King Institute of Preventive Medicine Bacteriolog. Section reports 1907-08
Year: 1907
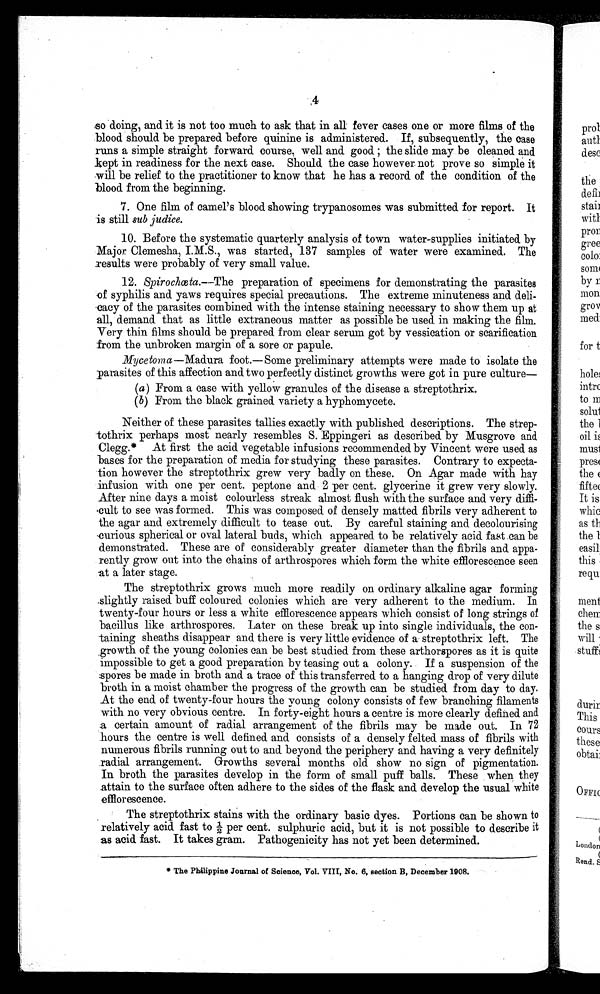
4
so doing, and. it is not too much to ask that in all fever cases one or more films of the
blood should be prepared before quinine is administered. If, subsequently, the case
runs a simple straight forward. course, well and good the slide may be cleaned and.
Dept in readiness for the next ease. Should the case however not prove so simple it
will be relief to the practitioner to know that he has a record of the condition of the
blood from the beginning.
7. One film of camel's blood showing trypanosomes was submitted for report. It
.is still sub judice.
10. Before the systematic quarterly analysis of town water-supplies initiated. by
Major. Clemesha, I.M.S., was started, 137 samples of water were examined. The
results were probably of very small value.
12. Spirochœta.—The preparation of specimens for demonstrating the parasites
of syphilis and yaws requires special precautions. The extreme minuteness and
deli-cacy of the parasites combined with the intense staining necessary to show them up at
all, demand that as little extraneous matter as possible be used in making the film.
Very thin films should be prepared from clear serum got by vessication or scarification
from the unbroken margin of a sore or papule.
Mycetoma—Madura foot.— Some preliminary attempts were made to isolate the
'Parasites of this affection and two perfectly distinct growths were got in pure culture—
(a) From a case with yellow granules of the disease a streptothrix.
(b) From the black grained variety a hyphomycete.
Neither of these parasites tallies exactly with published descriptions. The
strep-tothrix perhaps most nearly resembles S. Eppingeri as described by Musgrove and
Clegg.* At first the acid vegetable infusions recommended by Vincent were used as
bases for the preparation of media for studying these parasites. Contrary to expecta-
tion however the streptothrix grew very badly on these. On Agar made with hay
infusion with one per cent. peptone and 2 per cent. glycerine it grew very slowly.
After nine days a moist colourless streak almost flush with the surface and very
d i f f i -
c u l t t o s e e w a s f o r m e d . T h i s w a s c o m p o s e d o f d e n s e l y m a t t e d f i b r i l s v e r y a d h e r e n t t o
the agar and extremely difficult to tease out. By careful staining and decolourising
curious spherical or oval lateral buds, which appeared to be relatively acid fast can be
demonstrated. These are of considerably greater diameter than the fibrils and appa-
rently grow out into the chains of arthrospores which form the white efflorescence seen
at a later stage.
The streptothrix grows much more readily on ordinary alkaline agar forming
slightly raised buff coloured colonies which are very adherent to the medium. In
twenty-four hours or less a white efflorescence appears which consist of long strings of
bacillus like arthrospores. Later on these break up into single individuals, the con-
taining sheaths disappear and there is very little evidence of a streptothrix left. The
.growth of the young colonies can be best studied from these arthorspores as it is quite
impossible to get a good preparation by teasing out a colony.. If a suspension of the
spores be made in broth and a trace of this transferred to a hanging drop of very dilute
broth in a moist chamber the progress of the growth can be studied from day to day.
At the end of twenty-four hours the young colony consists of few branching filaments
with no very obvious centre. In forty-eight hours a centre is more clearly defined and
a certain amount of radial arrangement of the fibrils may be made out. In 72
hours the centre is well defined and consists of a densely felted mass of fibrils with
numerous fibrils running out to and beyond the periphery and having a very definitely
radial arrangement. Growths several months old show no sign of pigmentation.
In broth the parasites develop in the form of small puff balls. These when they
attain to the surface often adhere to the sides of the flask and develop the usual white
efflorescence.
The streptothrix stains with the ordinary basic dyes. Portions can be shown to
relatively acid fast to per cent. sulphuric acid, but it is not possible to describe it
as acid fast. It takes gram. Pathogenicity has not yet been determined.
* The Philippine Journal of Science, Vol. VIII, No. 6, section B, December 1908.